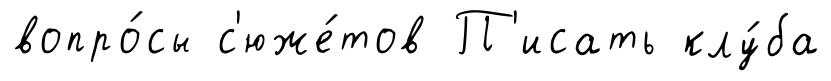
вопро́сы с'юже́тов П'исать клу́ба